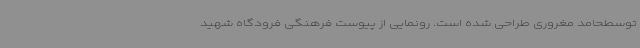
توسطحامد مغروری طراحی شده است. رونمایی از پیوست فرهنگی فرودگاه شهید